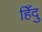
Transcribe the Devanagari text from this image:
हिँदु